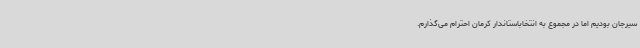
سیرجان بودیم اما در مجموع به انتخاباستاندار کرمان احترام می‌گذارم.